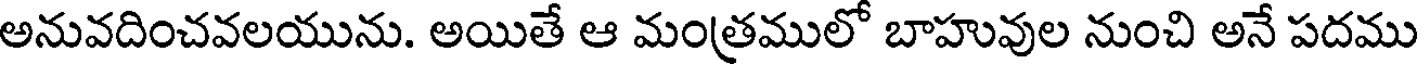
అనువదించవలయును. అయితే ఆ మంత్రములో బాహువుల నుంచి అనే పదము